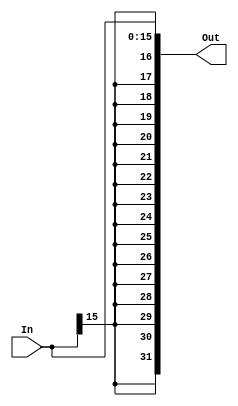
`timescale 1ns / 1ps
//////////////////////////////////////////////////////////////////////////////////
// Company: 
// Engineer: 
// 
// Design Name: 
// Module Name:    SignExtend 
// Project Name: 
// Target Devices: 
// Tool versions: 
// Description: 
//
// Dependencies: 
//
// Revision: 
// Revision 0.01 - File Created
// Additional Comments: 
//
//////////////////////////////////////////////////////////////////////////////////
module SignExtend(
    input [15:0] In,
	 output [31:0] Out
	 
	 );

	assign Out[31:0] = {{16{In[15]}},In[15:0]};


endmodule